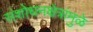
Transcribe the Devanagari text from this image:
संशोधनक्षेत्रांमुळे